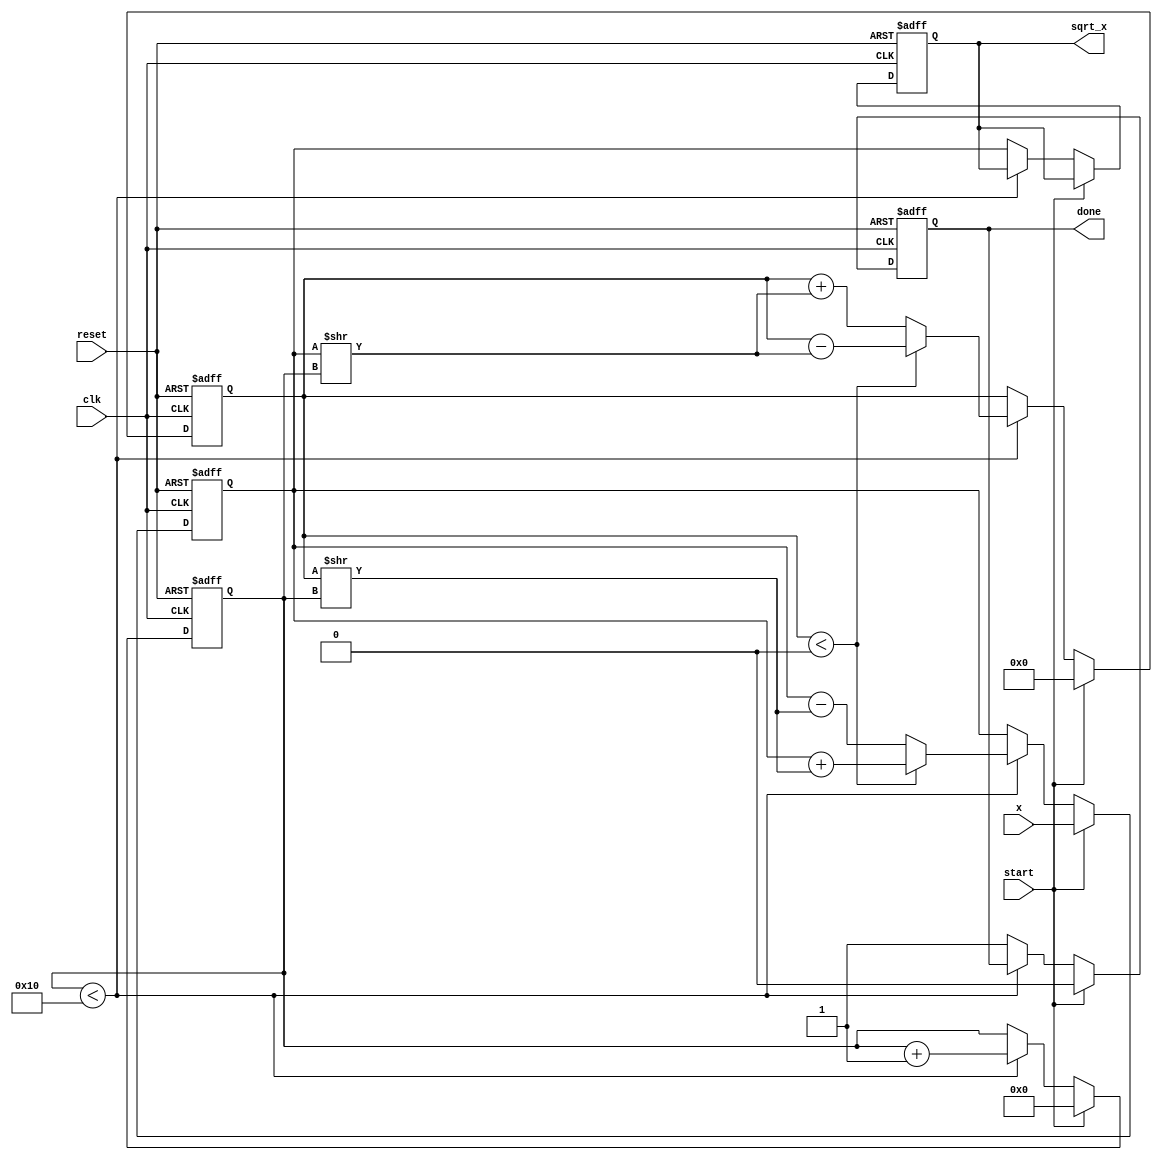
module cordic_sqrt (
    input wire clk,
    input wire reset,
    input wire start,
    input wire [15:0] x, // Input number (non-negative)
    output reg [15:0] sqrt_x, // Output square root
    output reg done // Done signal
);

    // CORDIC parameters
    parameter NUM_ITERATIONS = 16; // Number of iterations for convergence
    reg [15:0] X, Y, Z; // CORDIC variables
    reg [3:0] iteration; // Iteration counter
    reg [15:0] angle [0:NUM_ITERATIONS-1]; // Pre-calculated arctangent values

    // Initialize arctangent values for CORDIC
    initial begin
        angle[0] = 16'h2000; // atan(1) = 45 degrees in Q15 format
        angle[1] = 16'h1000; // atan(0.5) = 26.565 degrees
        angle[2] = 16'h0800; // atan(0.25) = 14.036 degrees
        angle[3] = 16'h0400; // atan(0.125) = 7.125 degrees
        angle[4] = 16'h0200; // atan(0.0625) = 3.125 degrees
        angle[5] = 16'h0100; // atan(0.03125) = 1.5625 degrees
        angle[6] = 16'h0080; // atan(0.015625) = 0.78125 degrees
        angle[7] = 16'h0040; // atan(0.0078125) = 0.390625 degrees
        angle[8] = 16'h0020; // atan(0.00390625) = 0.1953125 degrees
        angle[9] = 16'h0010; // atan(0.001953125) = 0.09765625 degrees
        angle[10] = 16'h0008; // atan(0.0009765625) = 0.048828125 degrees
        angle[11] = 16'h0004; // atan(0.00048828125) = 0.0244140625 degrees
        angle[12] = 16'h0002; // atan(0.000244140625) = 0.01220703125 degrees
        angle[13] = 16'h0001; // atan(0.0001220703125) = 0.006103515625 degrees
        angle[14] = 16'h0000; // atan(0) = 0 degrees
        angle[15] = 16'h0000; // atan(0) = 0 degrees
    end

    // State machine for CORDIC operation
    always @(posedge clk or posedge reset) begin
        if (reset) begin
            sqrt_x <= 16'b0;
            done <= 1'b0;
            iteration <= 4'b0;
            X <= 16'b0;
            Y <= 16'b0;
            Z <= 16'b0;
        end else if (start) begin
            // Initialize variables
            X <= x; // Set initial value of X
            Y <= 16'h0; // Start with Y = 0
            Z <= x; // Set Z to the input value
            iteration <= 4'b0; // Reset iteration counter
            done <= 1'b0; // Reset done signal
        end else if (iteration < NUM_ITERATIONS) begin
            // CORDIC iteration
            if (Y < 0) begin
                // Rotate clockwise
                X <= X + (Y >> iteration);
                Y <= Y - (X >> iteration);
                Z <= Z - angle[iteration];
            end else begin
                // Rotate counter-clockwise
                X <= X - (Y >> iteration);
                Y <= Y + (X >> iteration);
                Z <= Z + angle[iteration];
            end
            iteration <= iteration + 1; // Increment iteration counter
        end else begin
            // Operation complete
            sqrt_x <= X; // Output the computed square root
            done <= 1'b1; // Set done signal
        end
    end

endmodule